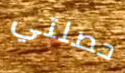
حصلتي